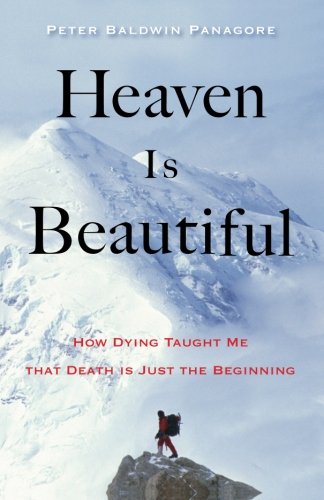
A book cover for Heaven Is Beautiful: How Dying Taught Me That Death Is Just the Beginning; Peter Baldwin Panagore; Religion & Spirituality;